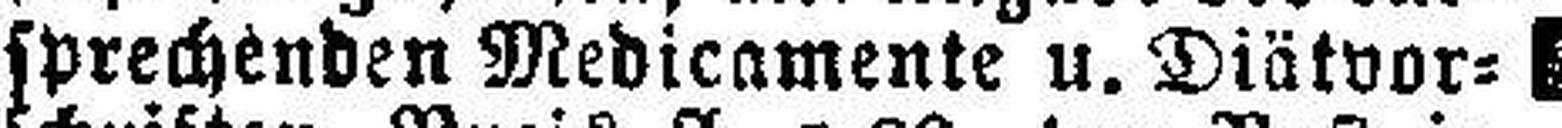
sprechenden Medicamente u. Diätvor¬